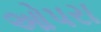
ઓપરા